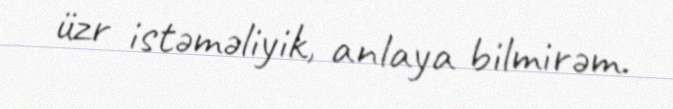
üzr istəməliyik, anlaya bilmirəm.